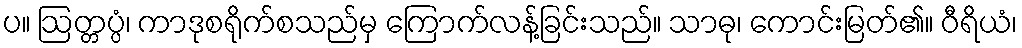
ပ။ ဩတ္တပ္ပံ၊ ကာဒုစရိုက်စသည်မှ ကြောက်လန့်ခြင်းသည်။ သာဓု၊ ကောင်းမြတ်၏။ ဝီရိယံ၊